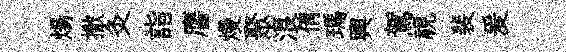
煬撒灸詣譍熳聚浪倩瑪興駕視裴爰